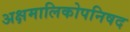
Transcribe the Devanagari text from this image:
अक्षमालिकोपनिषद